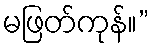
မဖြတ်ကုန်။”